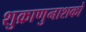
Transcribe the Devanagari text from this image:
शुक्राणुनाशको